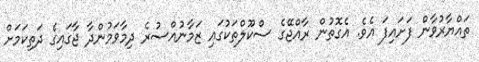
ތައްޔާރުވާން ފަށައިފަ އެވެ. އެގޮތުން ރާއްޖޭގެ ސްކޫލްތަކުގައި ޒަމާނުއްސުރެ ދިމާވަމުންދާ ޖާގައިގެ ދަތިކަމަށް